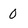
Character: 0